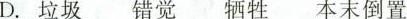
D.垃圾 错觉 牺牲 本末倒置